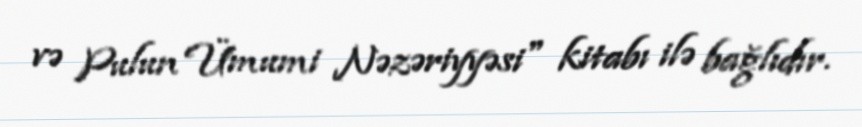
və Pulun Ümumi Nəzəriyyəsi" kitabı ilə bağlıdır.